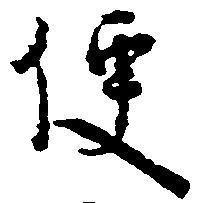
便